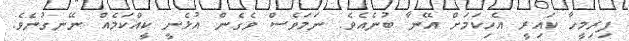
ފިރިމީހާ ކަައިރީ އެހިކަމަށް އޭނާ ބުނެއެވެ. ނަމަވެސް ވެގެން އުޅެނީ ކީއްކަމެއް ނޭނގުނެވެ.